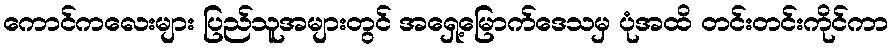
ကောင်ကလေးများ ပြည်သူအများတွင် အရှေ့မြောက်ဒေသမှ ပုံအထိ တင်းတင်းကိုင်ကာ